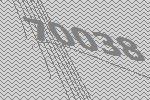
70038